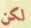
لكن